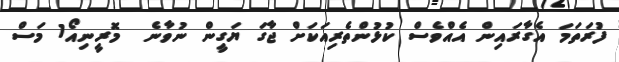
ފުރަތަމަ އެގާރައިން އެއްވެސް ކުޅުންތެރިއަކަށް ޖާގަ ޔަގީން ނުވާނެ  މޮރީނިއޯ1 މަސް